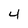
Character: 4